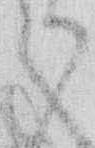
か